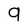
Character: 9